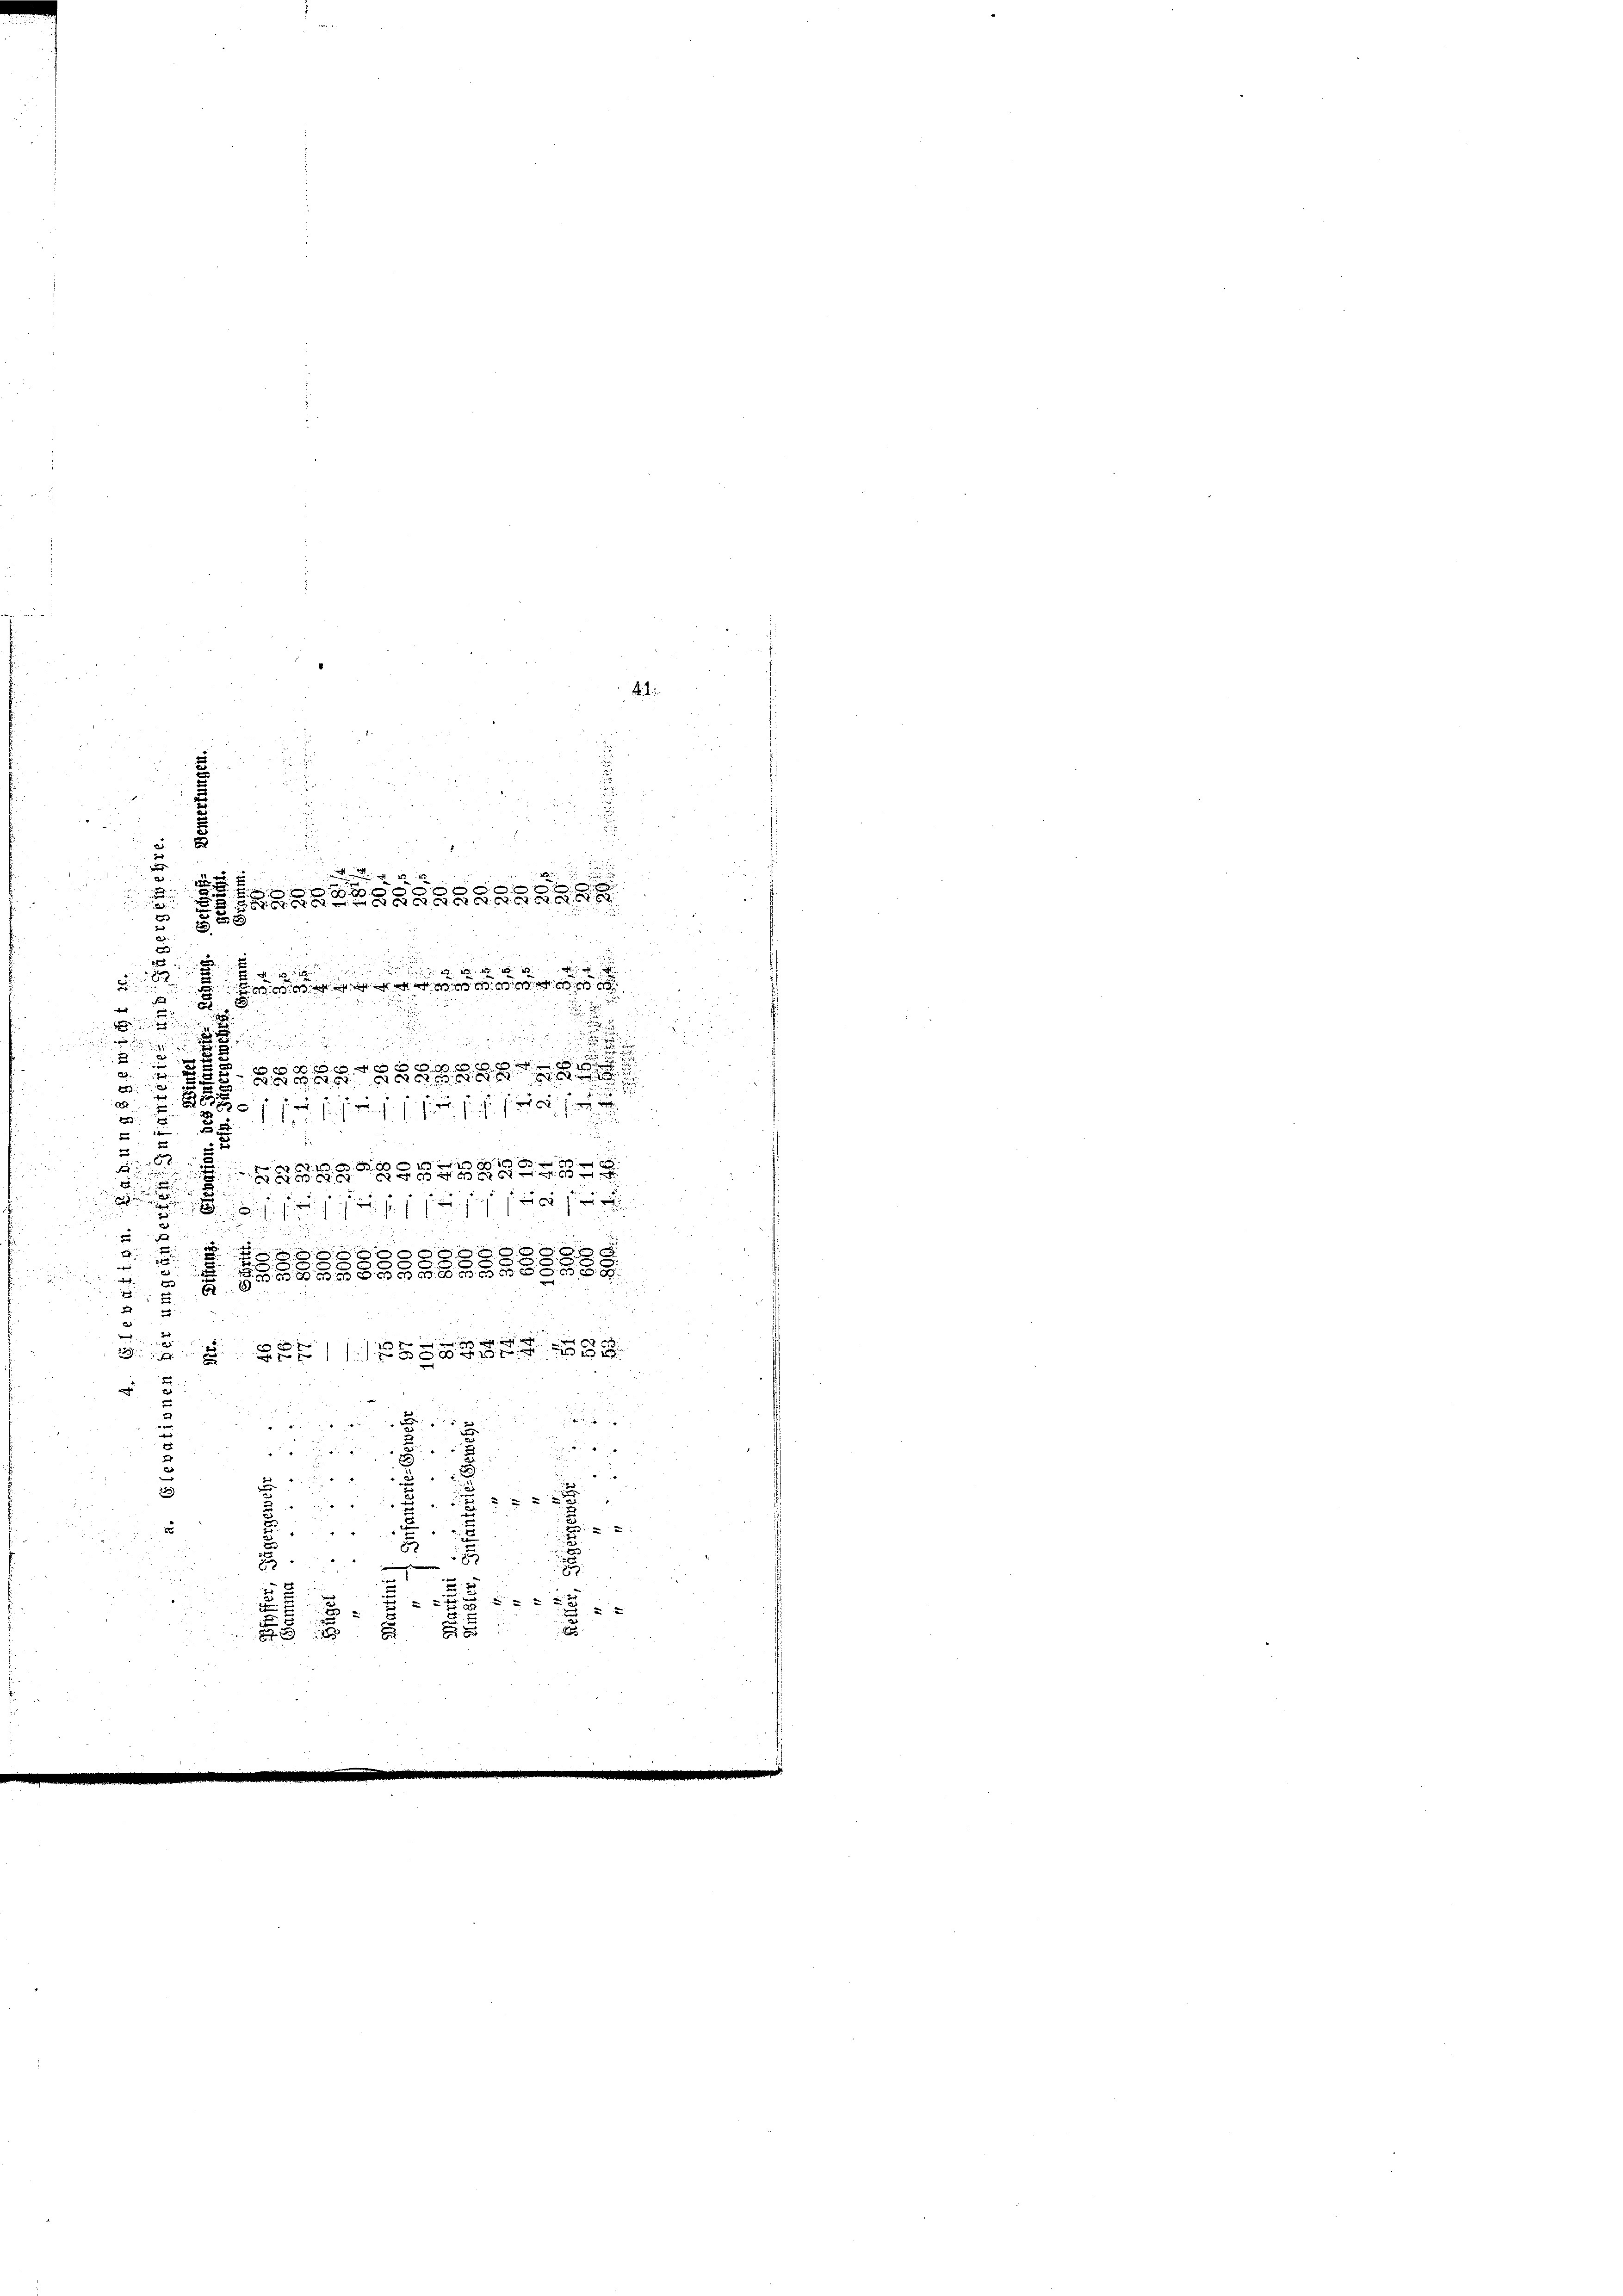
B
5
3
u
.
2

234
 82
 e g gar es ist es   130 S. 663
i
2.
s
e

d

5

2

x

B

f sie sie sich sie sicht des
e
2
2
2.
d
8998848
a

d

i

Se
2
g
.

macht
e
u
s
2

2
e

u

x
2
B
"
¬

2
d
255)
e
22
d

ui
2
u

12
8
8
2
f
5

u

2

.

.
x
.
sode de